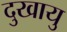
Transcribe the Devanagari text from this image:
दुखायु